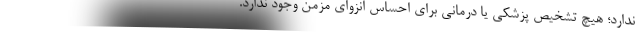
ندارد؛ هیچ تشخیص پزشکی یا درمانی برای احساس انزوای مزمن وجود ندارد.